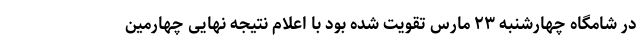
در شامگاه چهارشنبه ۲۳ مارس تقویت شده بود با اعلام نتیجه نهایی چهارمین